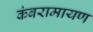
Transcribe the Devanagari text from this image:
कंबरामायण